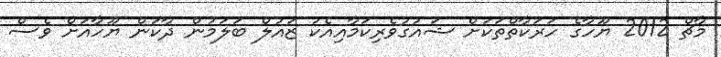
މާޗް 2012 ޔޫހާގެ ހަރަކާތްތަކަށް ޝައުގުވެރިކަމާއިއެކު ޒައުލް ބަލަމުން ދާކަން ޔޫހާއަށް ވެސް